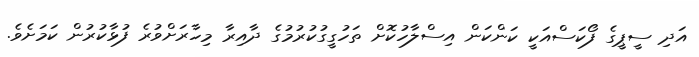
އަދި ސީޕީގެ ފޯކަސްއަކީ ކަންކަން އިސްލާހުކޮށް ތަހުގީގުކުރުމުގެ ދާއިރާ މިހާރަށްވުރެ ފުޅާކުރުން ކަމަށެވެ.